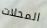
المحلات